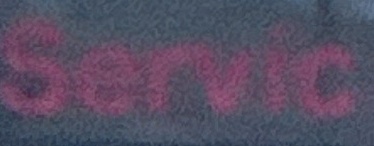
Service